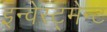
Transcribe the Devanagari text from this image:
इन्वेस्ट्मेन्ट